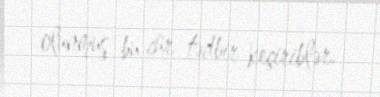
olunmuş bu cür tədbir keçiriblər.